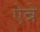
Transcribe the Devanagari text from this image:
ऐन्ने